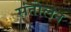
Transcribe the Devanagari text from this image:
संतोलन